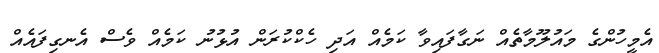
އެމީހުންގެ މައުލޫމާތެއް ނަގާފައިވާ ކަމެއް އަދި ހެކްކުރަން އުޅުނު ކަމެއް ވެސް އެނގިފައެއް